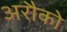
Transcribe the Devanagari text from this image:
अरौको